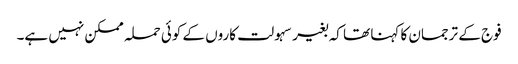
فوج کے ترجمان کا کہنا تھا کہ بغیر سہولت کاروں کے کوئی حملہ ممکن نہیں ہے۔